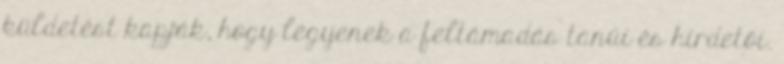
küldetést kapják, hogy legyenek a feltámadás tanúi és hirdetői.